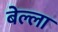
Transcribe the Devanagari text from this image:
बेल्ला